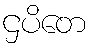
ဌပိတေ